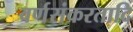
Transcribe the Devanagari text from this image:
वर्णसंकरतादि